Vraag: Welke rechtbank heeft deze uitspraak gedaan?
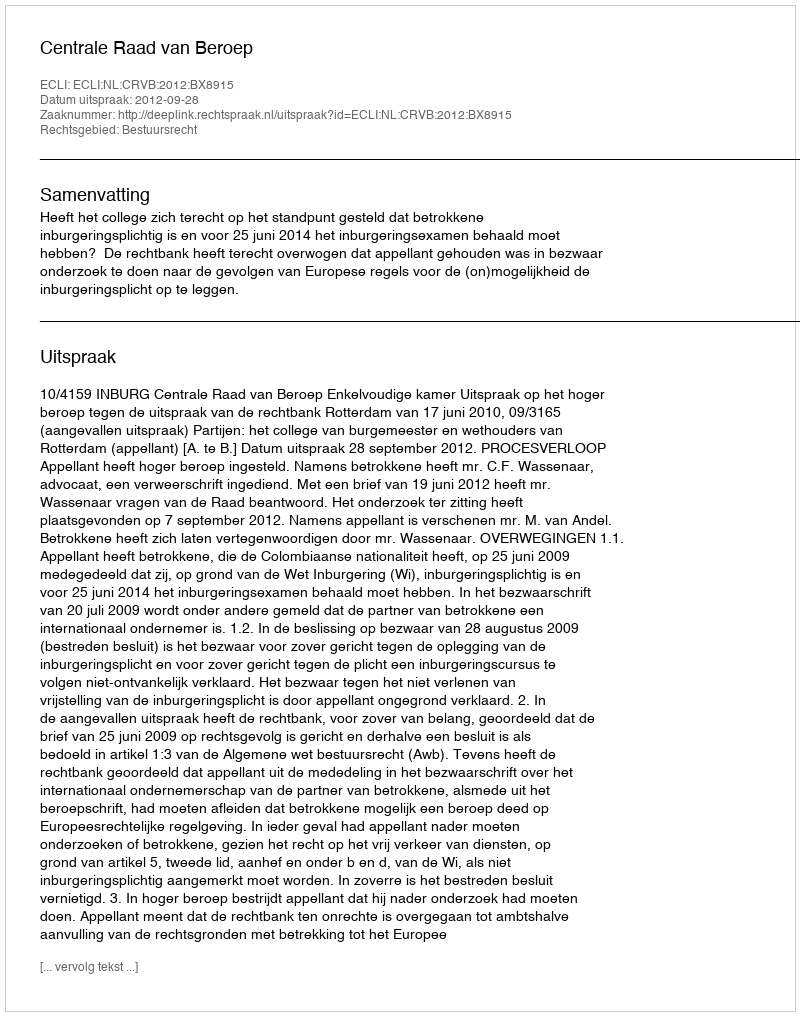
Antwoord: Centrale Raad van Beroep